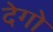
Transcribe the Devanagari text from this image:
देगो